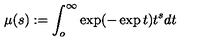
\mu ( s ) : = \int _ { o } ^ { \infty } \exp ( - \exp t ) t ^ { s } d t